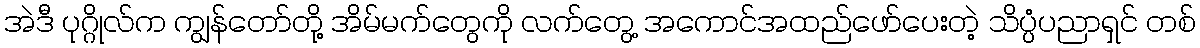
အဲဒီ ပုဂ္ဂိုလ်က ကျွန်တော်တို့ အိမ်မက်တွေကို လက်တွေ့ အကောင်အထည်ဖော်ပေးတဲ့ သိပ္ပံပညာရှင် တစ်